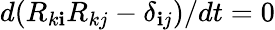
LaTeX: d(R_{k\mathbf{i}}R_{kj}-\delta_{\mathbf{i}j})/dt=0